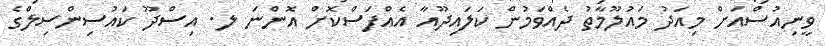
ވީނިއުސްއަށް މިއަދު މައުލޫމާތު ދެއްވަމުން ކަލައިދޫއާ އެއްފަސްކޮށް އޮންނަ ލ. އިސްދޫ ކައުސިންސިލްގެ